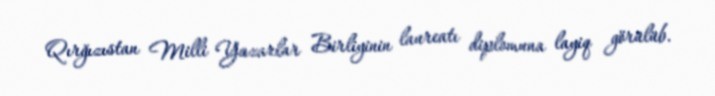
Qırğızıstan Milli Yazarlar Birliyinin laureatı diplomuna layiq görülüb.